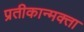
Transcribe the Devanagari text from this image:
प्रतीकान्मक्ता